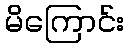
မိကြောင်း